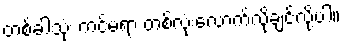
တစ်ခါသုံး ကင်မရာ တစ်လုံးလောက်လိုချင်လို့ပါ။